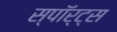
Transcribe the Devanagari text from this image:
स्पॉर्ट्स